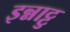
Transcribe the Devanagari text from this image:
इन्नाट्टु